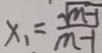
x _ { 1 } = \frac { \sqrt { m - 1 } } { m - 1 }